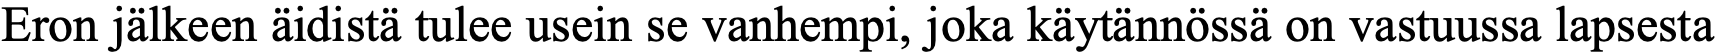
Eron jälkeen äidistä tulee usein se vanhempi, joka käytännössä on vastuussa lapsesta